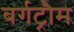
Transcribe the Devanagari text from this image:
बर्गट्रौम